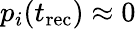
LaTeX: p_{i}(t_{\mathrm{rec}})\approx 0